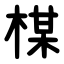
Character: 楳